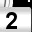
Digit: 2